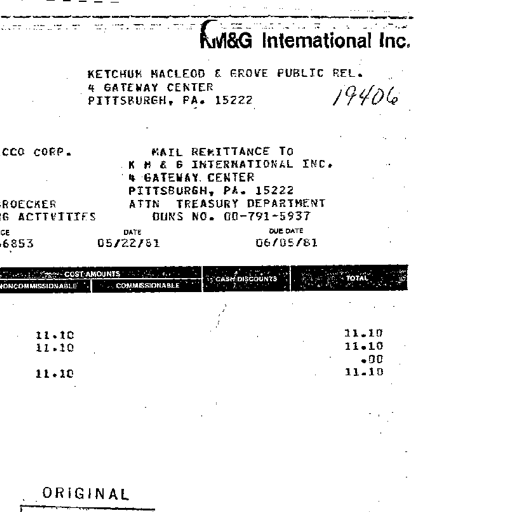
KM&G International Inc.
KETCHUM MACLEOD & GROVE PUBLIC REL.
4 GATEWAY CENTER
PITTSBURGH, PA. 15222 19406
CCO CORP.
MAIL REMITTANCE TO
KM & G INTERNATIONAL INC.
4 GATEWAY CENTER
PITTSBURGH, PA. 15222
ATTN TREASURY DEPARTMENT
DUNS NO. 00-791-5937
ROECKER
ACTIVITIES
DATE DUE DATE
6853 05/22/81 06/05/81
COST AMOUNTS
NONCOMMISSIONABLE COMMISSIONABLE CASH DISCOUNTS TOTAL
11.10 11.10
11.10 11.10
.00
11.10 11.10
ORIGINAL